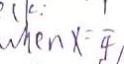
w h e n x = \frac { 1 } { 4 }